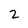
Character: 2